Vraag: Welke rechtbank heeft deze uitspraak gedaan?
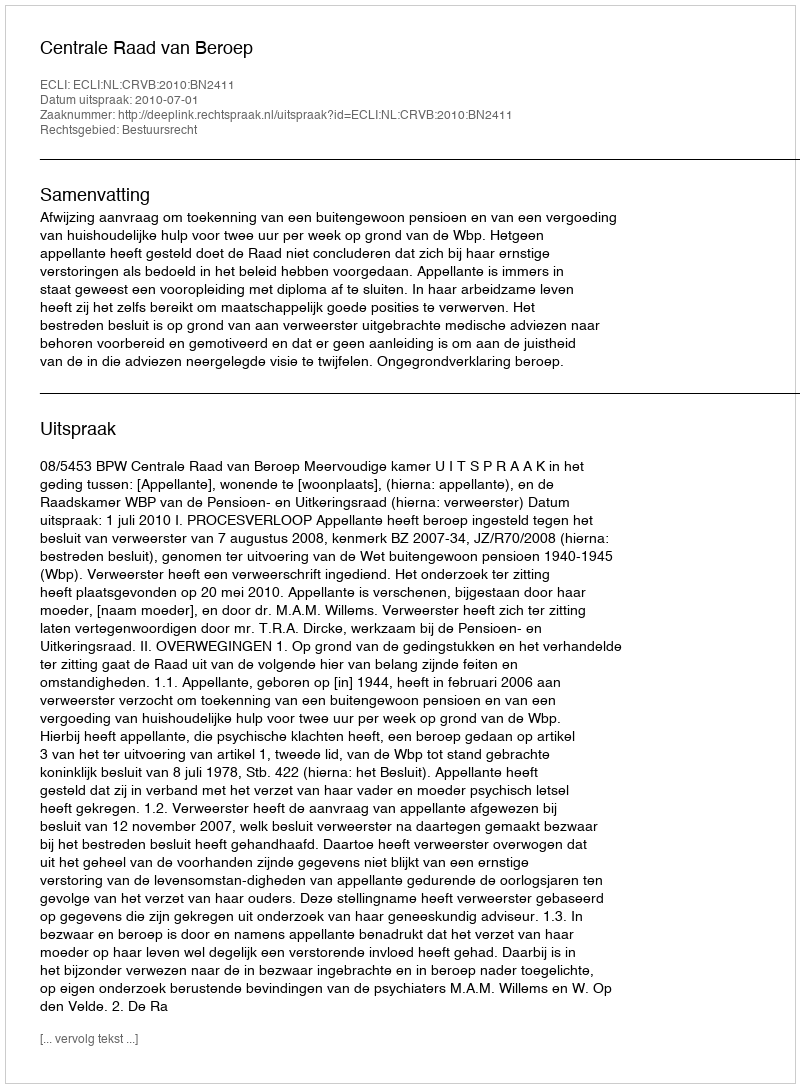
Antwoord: Centrale Raad van Beroep